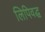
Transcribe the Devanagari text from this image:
लिपिवद्ध